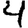
Digit: 4